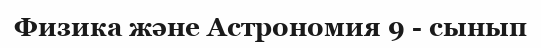
Физика және Астрономия 9 - сынып